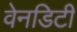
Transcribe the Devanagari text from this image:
वेनडिटी